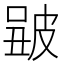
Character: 𤿮